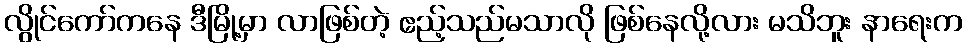
လွိုင်ကော်ကနေ ဒီမြို့မှာ လာဖြစ်တဲ့ ဧည့်သည်မသာလို ဖြစ်နေလို့လား မသိဘူး နာရေးက